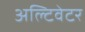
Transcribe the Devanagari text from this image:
अल्टिवेटर